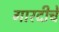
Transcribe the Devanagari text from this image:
गारदीचे